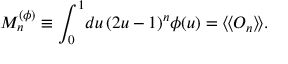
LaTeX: M _ { n } ^ { ( \phi ) } \equiv \int _ { 0 } ^ { 1 } \! d u \, ( 2 u - 1 ) ^ { n } \phi ( u ) = \langle \! \langle O _ { n } \rangle \! \rangle .